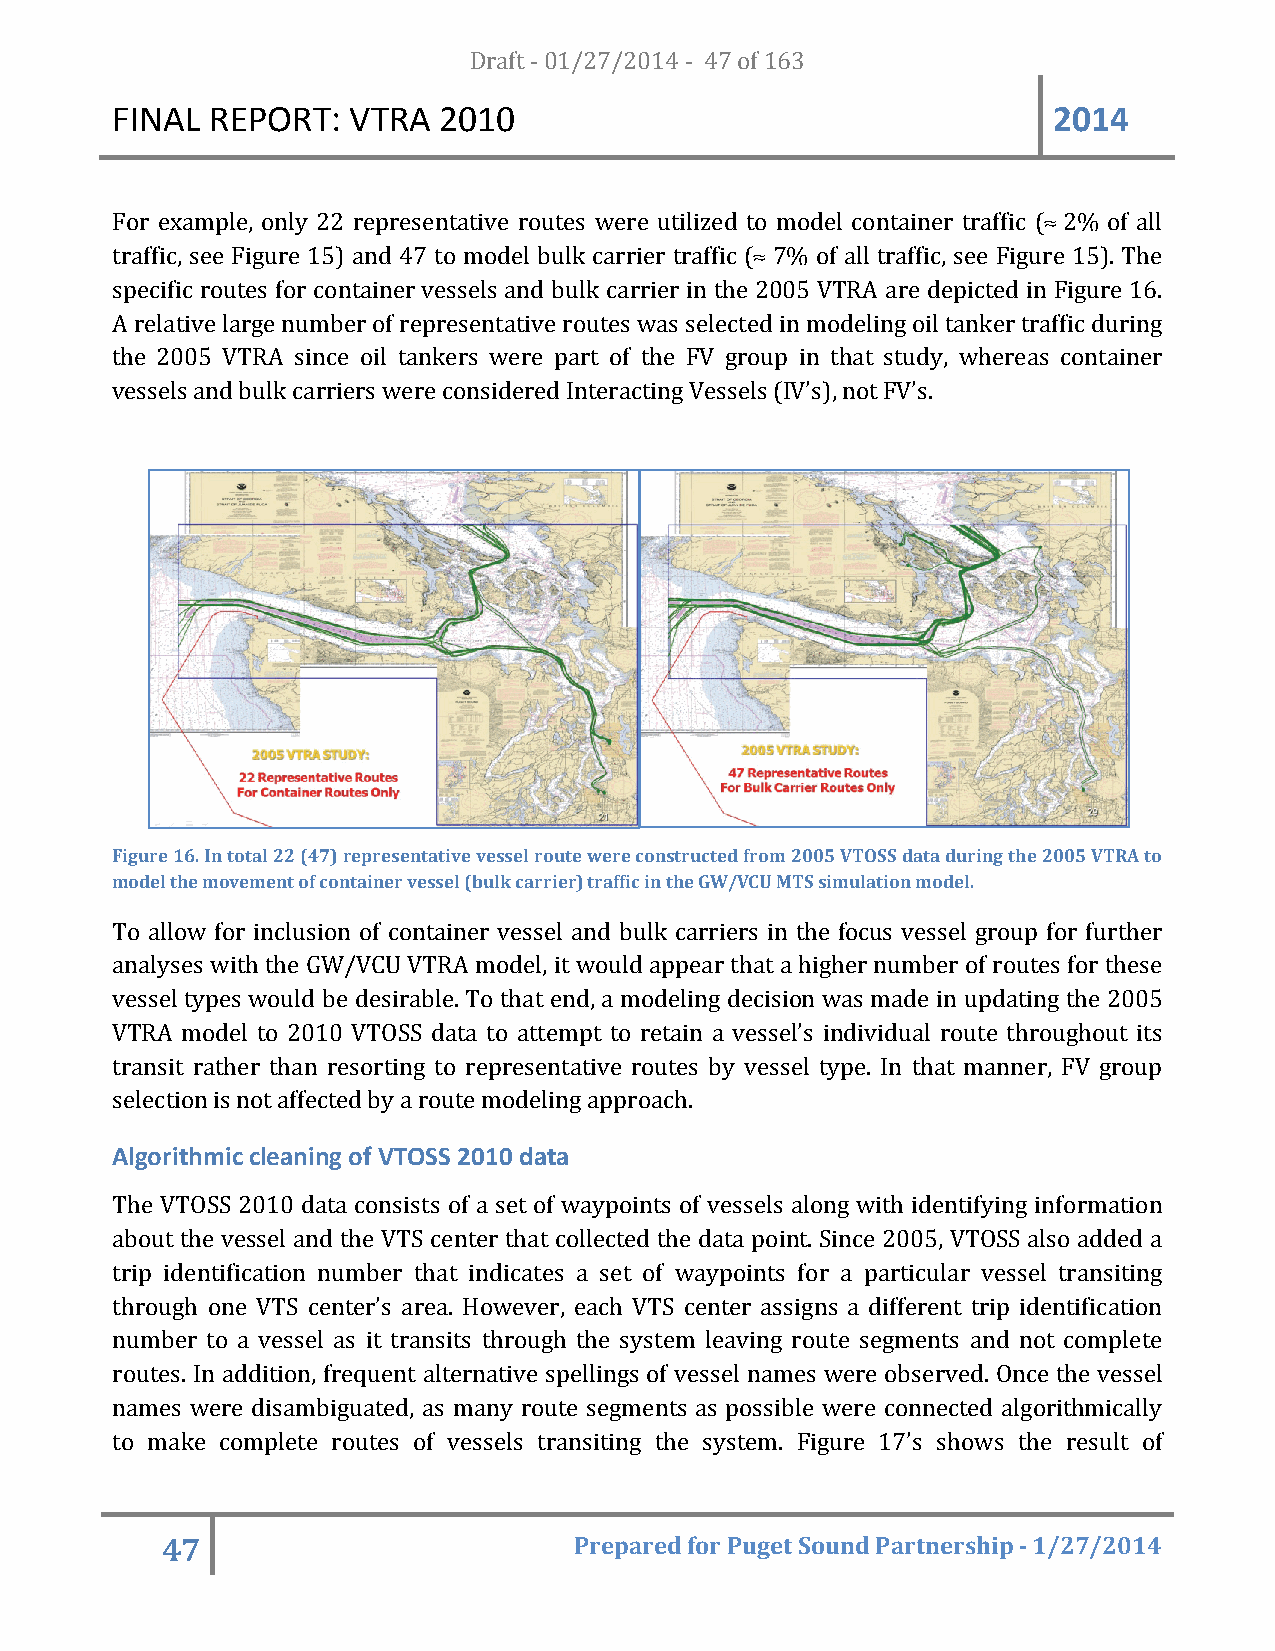
FINAL  REPORT:  VTRA  20D1r0af t - 01/27/2014 - 47 of 163      2014
 For example, only 22 representative routes were utilized to model container traffic (≈ 2% of all
 traffic, see Figure 15) and 47 to model bulk carrier traffic (≈ 7% of all traffic, see Figure 15). The
 specific routes for container vessels and bulk carrier in the 2005 VTRA are depicted in Figure 16.
 A relative large number of representative routes was selected in modeling oil tanker traffic during
 the 2005 VTRA since oil tankers were part of the FV group in that study, whereas container
 vessels and bulk carriers were considered Interacting Vessels (IV’s), not FV’s.
 Figure 16. In total 22 (47) representative vessel route were constructed from 2005 VTOSS data during the 2005 VTRA to
 model the movement of container vessel (bulk carrier) traffic in the GW/VCU MTS simulation model.
 To allow for inclusion of container vessel and bulk carriers in the focus vessel group for further
 analyses with the GW/VCU VTRA model, it would appear that a higher number of routes for these
 vessel types would be desirable. To that end, a modeling decision was made in updating the 2005
 VTRA model to 2010 VTOSS data to attempt to retain a vessel’s individual route throughout its
 transit rather than resorting to representative routes by vessel type. In that manner, FV group
 selection is not affected by a route modeling approach.
 Algorithmic cleaning of VTOSS 2010 data
 The VTOSS 2010 data consists of a set of waypoints of vessels along with identifying information
 about the vessel and the VTS center that collected the data point. Since 2005, VTOSS also added a
 trip identification number that indicates a set of waypoints for a particular vessel transiting
 through one VTS center’s area. However, each VTS center assigns a different trip identification
 number to a vessel as it transits through the system leaving route segments and not complete
 routes. In addition, frequent alternative spellings of vessel names were observed. Once the vessel
 names were disambiguated, as many route segments as possible were connected algorithmically
 to make complete routes of vessels transiting the system. Figure 17’s shows the result of
 47                         Prepared for Puget Sound Partnership - 1/27/2014